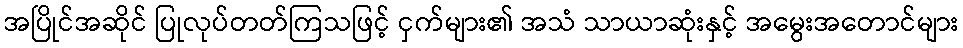
အပြိုင်အဆိုင် ပြုလုပ်တတ်ကြသဖြင့် ငှက်များ၏ အသံ သာယာဆုံးနှင့် အမွေးအတောင်များ